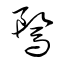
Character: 騖